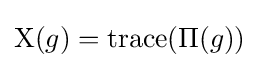
\mathrm {X} (g)=\operatorname {trace} (\Pi (g))